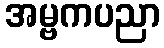
အမ္ဗကပညာ